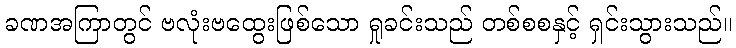
ခဏအကြာတွင် ဗလုံးဗထွေးဖြစ်သော ရှုခင်းသည် တစ်စစနှင့် ရှင်းသွားသည်။